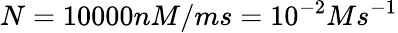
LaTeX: N=10000nM/ms=10^{-2}Ms^{-1}